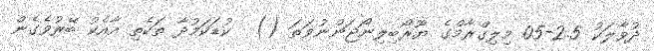
ދުވާލަކު 2.5-05 މިލިގްރާމްގެ ޔޫރޯބިލިނޯޖަންނުވަތަ ()  ކުޑަކަމުދާ ތަކެތި އާއެކު ބޭރުވެގެން